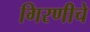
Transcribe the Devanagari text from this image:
गिरणीचे